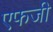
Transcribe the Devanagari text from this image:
एफजी